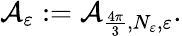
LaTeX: \begin{array}{r}{\mathcal A_{\varepsilon}:=\mathcal A_{{\frac{4\pi}{3}},N_{\varepsilon},\varepsilon}.}\end{array}